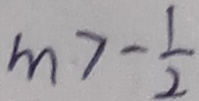
m > - \frac { 1 } { 2 }